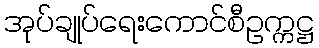
အုပ်ချုပ်ရေးကောင်စီဥက္ကဋ္ဌ